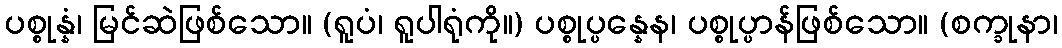
ပစ္စုန္နံ၊ မြင်ဆဲဖြစ်သော။ (ရူပံ၊ ရူပါရုံကို။) ပစ္စုပ္ပန္နေန၊ ပစ္စုပ္ပာန်ဖြစ်သော။ (စက္ခုနာ၊